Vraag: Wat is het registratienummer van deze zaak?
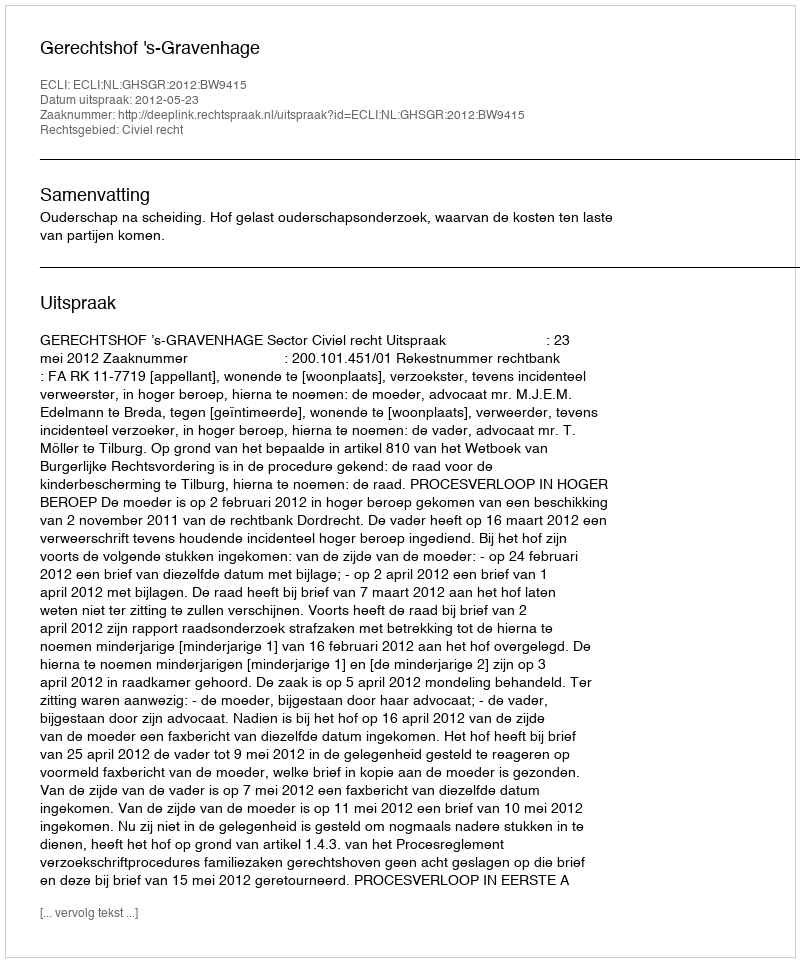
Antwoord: http://deeplink.rechtspraak.nl/uitspraak?id=ECLI:NL:GHSGR:2012:BW9415